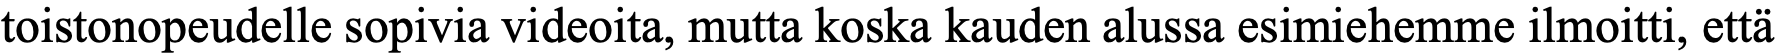
toistonopeudelle sopivia videoita, mutta koska kauden alussa esimiehemme ilmoitti, että